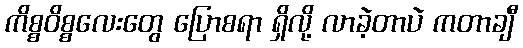
ကိစ္စဝိစ္စလေးတွေ ပြောစရာ ရှိလို့ လာခဲ့တာပဲ ကတာချီ